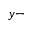
y -